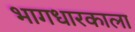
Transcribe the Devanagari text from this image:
भागधारकाला